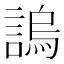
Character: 𧪛